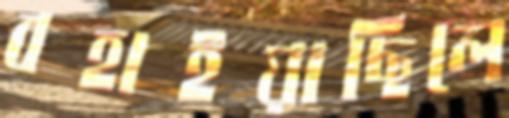
বহাইয়াছিলে